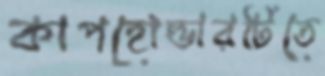
কাপহোল্ডারটিতে